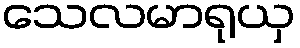
သေလမာရုယှ